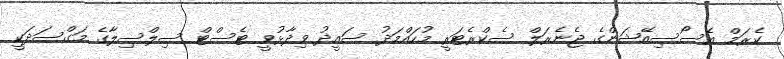
ކެރަމް އެސޯސިއޭޝަންގެ ޖެނެރަލް ސެކްރެޓަރީ މުހައްމަދު ސައީދު ވިދާޅުވީ ޓެސްޓް ސިލްސިލާގެ މަގްސަދަކީ